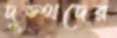
দুস্থদের